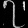
Digit: ၇